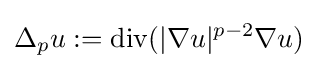
\Delta _{p}u:=\mathrm {div} (|\nabla u|^{p-2}\nabla u)